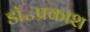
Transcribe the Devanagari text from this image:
डॉ॰प्रकाश